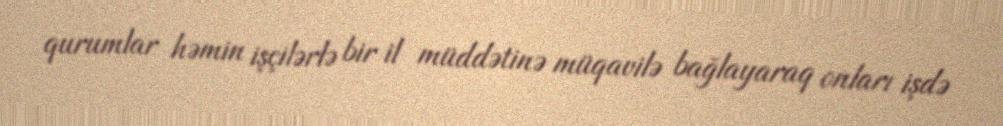
qurumlar həmin işçilərlə bir il müddətinə müqavilə bağlayaraq onları işdə